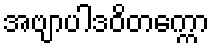
အဗျာပါဒဝိတက္ကော